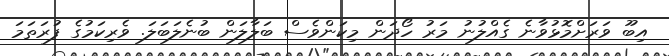
އިބޫ ވަރަށްމޮޅުވާނެ ގެއްލުނު މަރު ހޯދަން މިކަންވެސް ބަލާލަން ބުނެލަބަލަ. ވެރިކަމުގެ ފުރަތަމަ